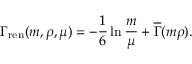
\Gamma _ { \mathrm { r e n } } ( m , \rho , \mu ) = - { \frac { 1 } { 6 } } \ln { \frac { m } { \mu } } + \overline { { { \Gamma } } } ( m \rho ) .